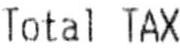
TOTAL TAX